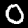
Digit: 0